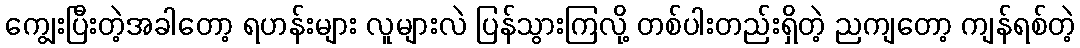
ကျွေးပြီးတဲ့အခါတော့ ရဟန်းများ လူများလဲ ပြန်သွားကြလို့ တစ်ပါးတည်းရှိတဲ့ ညကျတော့ ကျန်ရစ်တဲ့